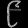
Digit: ၉